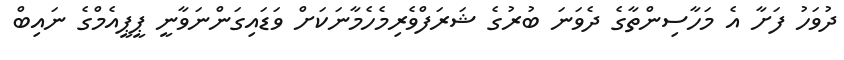
ދުވަހު ފަށާ އެ މަހާސިންތާގެ ދެވަނަ ބުރުގެ ޝަރަފްވެރިމެހެމާނަކަށް ވަޑައިގަންނަވާނީ ޕީޕީއެމްގެ ނައިބް